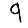
Digit: 9